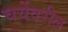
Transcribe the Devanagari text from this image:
चर्येवरील